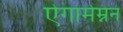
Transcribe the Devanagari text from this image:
ऐगामेम्नन